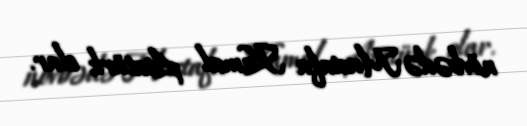
növbədə Mustafa Kamal Atatürk olar.